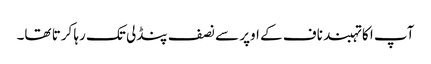
آپ ا کا تہبند ناف کے اوپر سے نصف پنڈلی تک رہا کرتا تھا۔